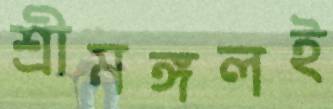
শ্রীমঙ্গলই